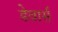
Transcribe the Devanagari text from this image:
डेवार्स